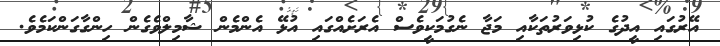
އޭރުގައި އީދުގެ ކުޅިވަރުތަކާއި މަޖާ ނެގުމަކީވެސް އެރަށެއްގައި އުޅޭ އެންމެން ޝާމިލްވެގެން ހިންގާގަންކަމެވެ.